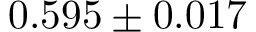
0 . 5 9 5 \pm 0 . 0 1 7